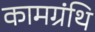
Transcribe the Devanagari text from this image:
कामग्रंथि